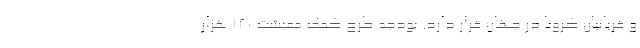
و قربانیان کرونا در جهان قرار دارد. بودجه طرح کمک معیشت ۱۲۰ هزار